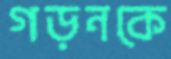
গড়নকে